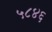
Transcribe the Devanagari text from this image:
५८४६